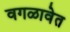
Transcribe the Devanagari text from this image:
वगळावेत